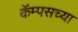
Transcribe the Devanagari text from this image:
कॅम्पसच्या